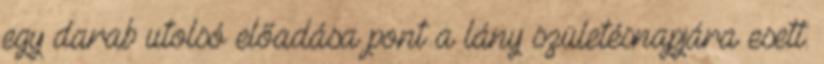
egy darab utolsó előadása pont a lány születésnapjára esett.